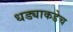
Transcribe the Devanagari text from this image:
धड्याकडेच